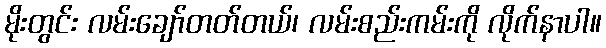
မိုးတွင်း လမ်းချော်တတ်တယ်၊ လမ်းစည်းကမ်းကို လိုက်နာပါ။